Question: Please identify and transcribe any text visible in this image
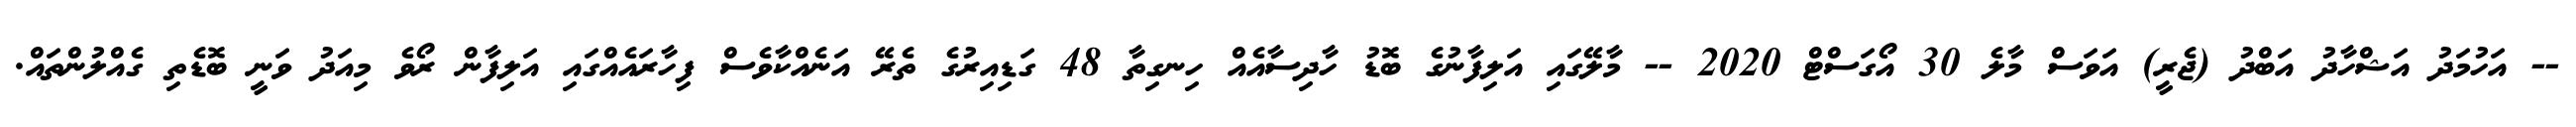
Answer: -- އަހުމަދު އަޝްހާދު އަބްދު (ޖެރީ) އަވަސް މާލެ 30 އޯގަސްޓް 2020 -- މާލޭގައި އަލިފާނުގެ ބޮޑު ހާދިސާއެއް ހިނގިތާ 48 ގަޑިއިރުގެ ތެރޭ އަނެއްކާވެސް ފިހާރައެއްގައި އަލިފާން ރޯވެ މިއަދު ވަނީ ބޮޑެތި ގެއްލުންތައް.